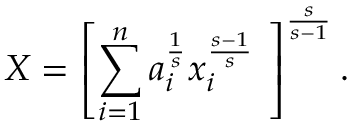
X = \left[ \sum _ { i = 1 } ^ { n } a _ { i } ^ { \frac { 1 } { s } } x _ { i } ^ { \frac { s - 1 } { s } } \ \right] ^ { \frac { s } { s - 1 } } .